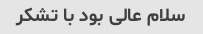
سلام عالی بود با تشکر